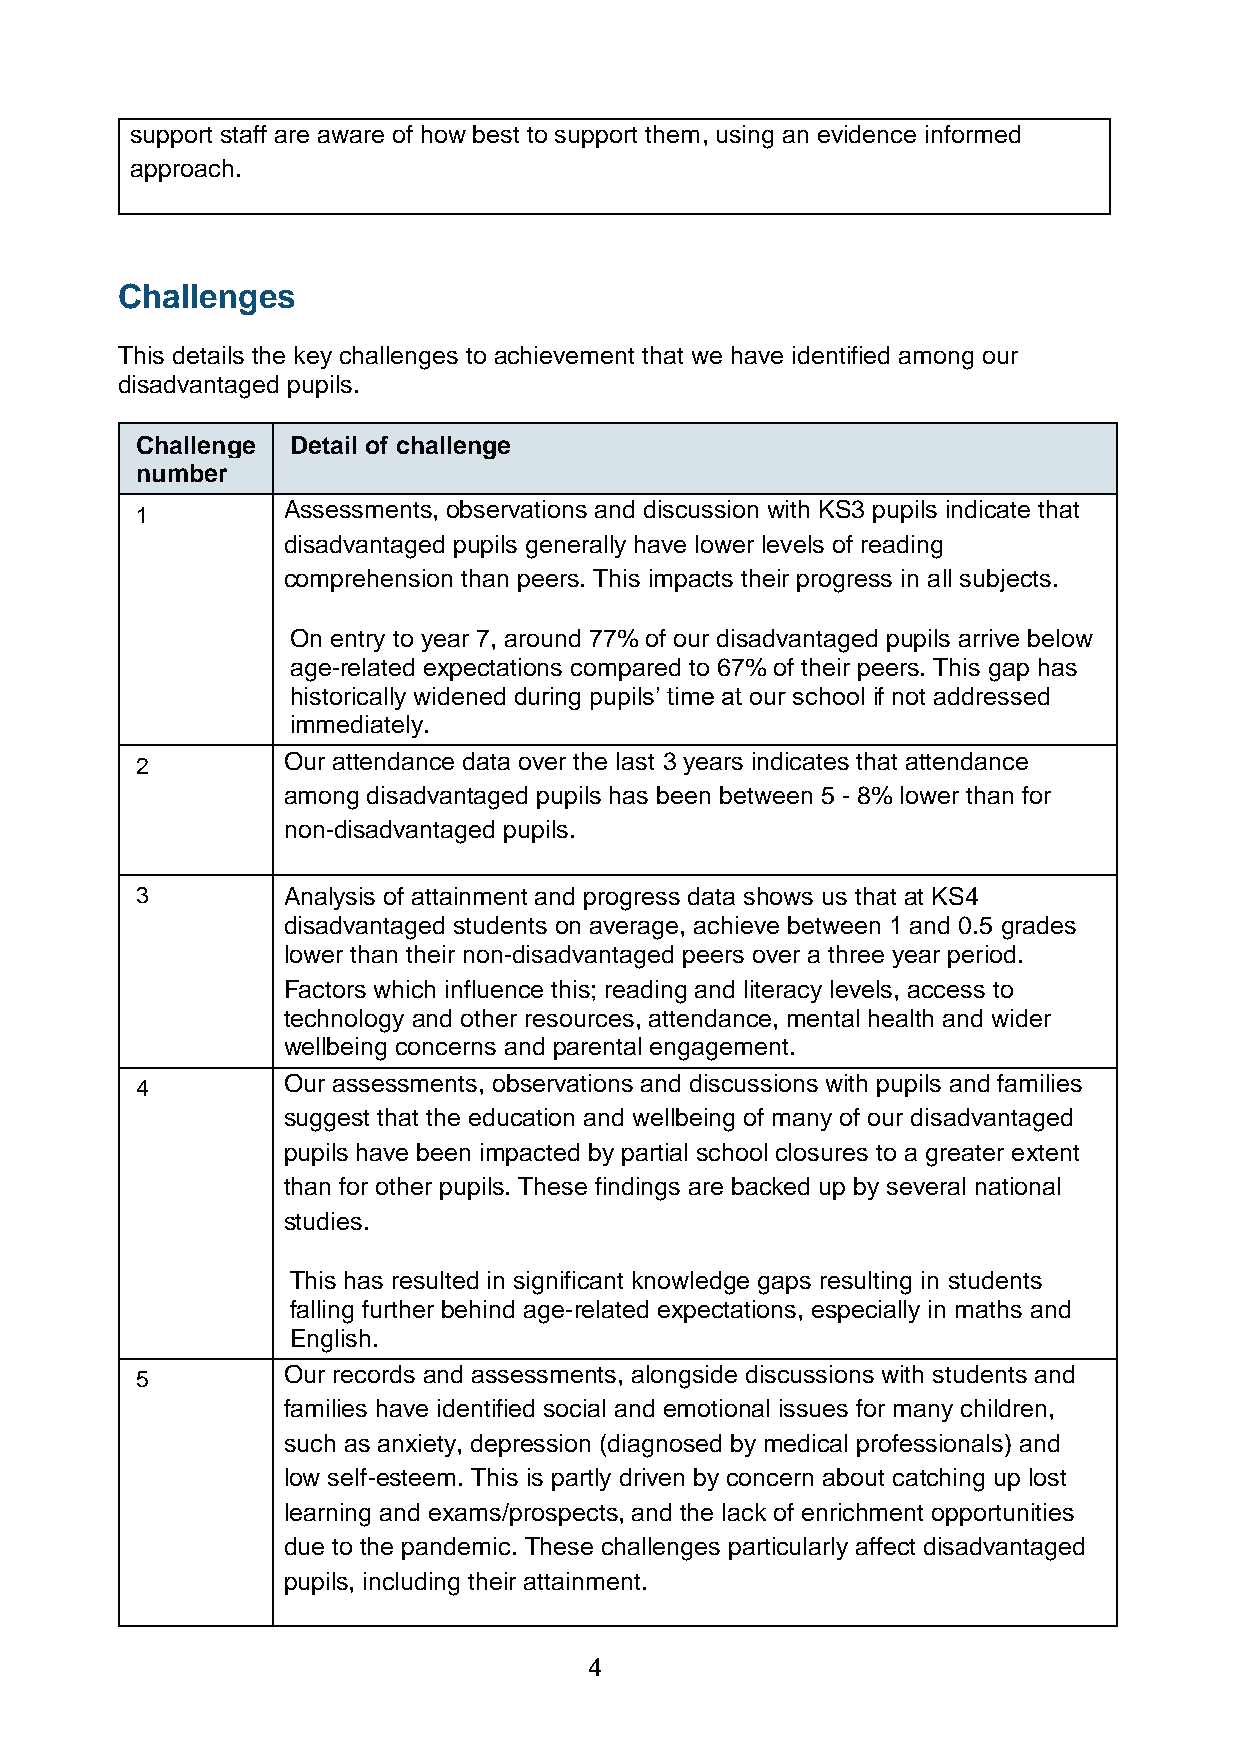
support staff are aware of how best to support them, using an evidence informed
 approach.
 Challenges
 This details the key challenges to achievement that we have identified among our
 disadvantaged pupils.
 Challenge Detail of challenge
 number
 1         Assessments, observations and discussion with KS3 pupils indicate that
 disadvantaged pupils generally have lower levels of reading
 comprehension than peers. This impacts their progress in all subjects.
 On entry to year 7, around 77% of our disadvantaged pupils arrive below
 age-related expectations compared to 67% of their peers. This gap has
 historically widened during pupils’ time at our school if not addressed
 immediately.
 2         Our attendance data over the last 3 years indicates that attendance
 among disadvantaged pupils has been between 5 - 8% lower than for
 non-disadvantaged pupils.
 3         Analysis of attainment and progress data shows us that at KS4
 disadvantaged students on average, achieve between 1 and 0.5 grades
 lower than their non-disadvantaged peers over a three year period.
 Factors which influence this; reading and literacy levels, access to
 technology and other resources, attendance, mental health and wider
 wellbeing concerns and parental engagement.
 4         Our assessments, observations and discussions with pupils and families
 suggest that the education and wellbeing of many of our disadvantaged
 pupils have been impacted by partial school closures to a greater extent
 than for other pupils. These findings are backed up by several national
 studies.
 This has resulted in significant knowledge gaps resulting in students
 falling further behind age-related expectations, especially in maths and
 English.
 5         Our records and assessments, alongside discussions with students and
 families have identified social and emotional issues for many children,
 such as anxiety, depression (diagnosed by medical professionals) and
 low self-esteem. This is partly driven by concern about catching up lost
 learning and exams/prospects, and the lack of enrichment opportunities
 due to the pandemic. These challenges particularly affect disadvantaged
 pupils, including their attainment.
 4